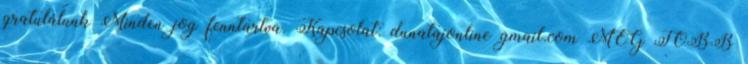
gratulálunk Minden jog fenntartva. Kapcsolat: dunatajonline gmail.com MÉG TÖBB